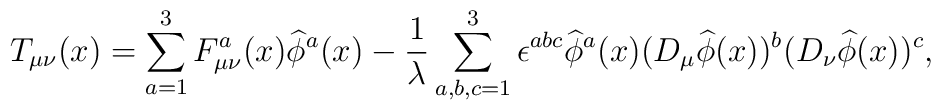
T_{\mu\nu}(x)=\sum_{a=1}^3F_{\mu\nu}^a(x)\widehat{\phi}^a(x)-\frac{1}{\lambda}\sum_{a,b,c=1}^3\epsilon^{abc}\widehat{\phi}^a(x)(D_\mu\widehat{\phi}(x))^b(D_\nu\widehat{\phi}(x))^c,